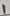
Text: 1